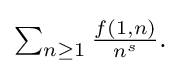
{\textstyle \sum _{n\geq 1}{\frac {f(1,n)}{n^{s}}}.}